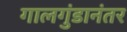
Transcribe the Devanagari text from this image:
गालगुंडानंतर